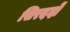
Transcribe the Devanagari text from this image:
सिरदर्दों